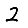
Digit: 2